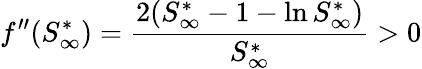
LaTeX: f^{\prime\prime}(S_{\infty}^{*})=\frac{2(S_{\infty}^{*}-1-\ln S_{\infty}^{*})}{S_{\infty}^{*}}>0